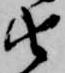
由